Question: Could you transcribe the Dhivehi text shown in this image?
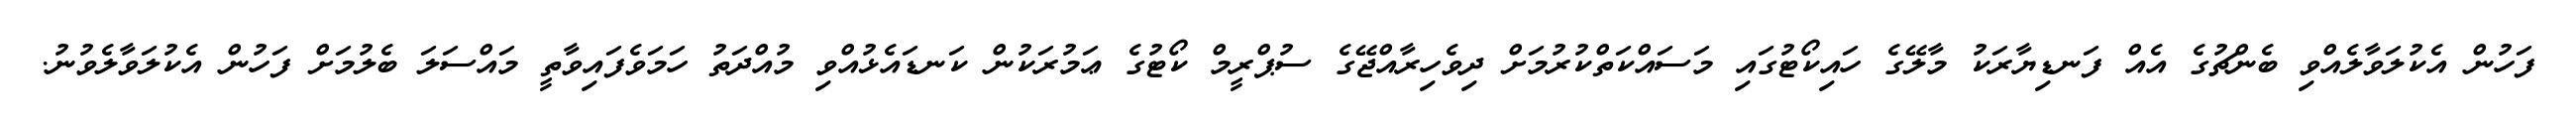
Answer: ފަހުން އެކުލަވާލެއްވި ބެންޗުގެ އެއް ފަނޑިޔާރަކު މާލޭގެ ހައިކޯޓުގައި މަސައްކަތްކުރުމަށް ދިވެހިރާއްޖޭގެ ސުޕްރީމް ކޯޓުގެ ޢަމުރަކުން ކަނޑައެޅުއްވި މުއްދަތު ހަމަވެފައިވާތީ މައްސަލަ ބެލުމަށް ފަހުން އެކުލަވާލެވުނު.